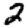
Digit: 2